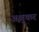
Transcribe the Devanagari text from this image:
अश्रुकर